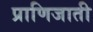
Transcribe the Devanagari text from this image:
प्राणिजाती